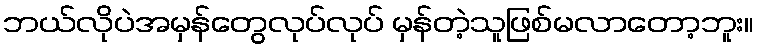
ဘယ်လိုပဲအမှန်တွေလုပ်လုပ် မှန်တဲ့သူဖြစ်မလာတော့ဘူး။